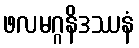
ဖလမဂ္ဂနိဒဿနံ